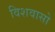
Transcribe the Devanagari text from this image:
विशवासो